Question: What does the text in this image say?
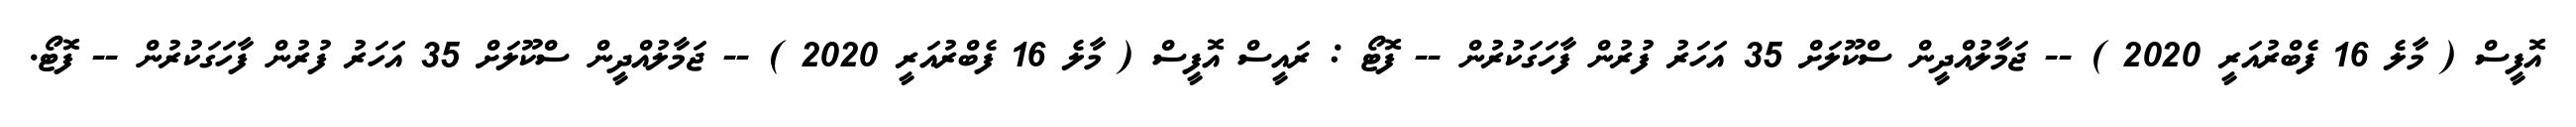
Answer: އޮފީސް ( މާލެ 16 ފެބްރުއަރީ 2020 ) -- ޖަމާލުއްދީން ސްކޫލަށް 35 އަހަރު ފުރުން ފާހަގަކުރުން -- ފޮޓޯ : ރައީސް އޮފީސް ( މާލެ 16 ފެބްރުއަރީ 2020 ) -- ޖަމާލުއްދީން ސްކޫލަށް 35 އަހަރު ފުރުން ފާހަގަކުރުން -- ފޮޓޯ.